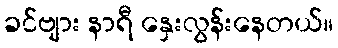
ခင်ဗျား နာရီ နှေးလွန်းနေတယ်။